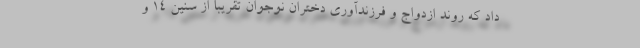
داد که روند ازدواج و فرزندآوری دختران نوجوان تقریباً از سنین ۱۴ و